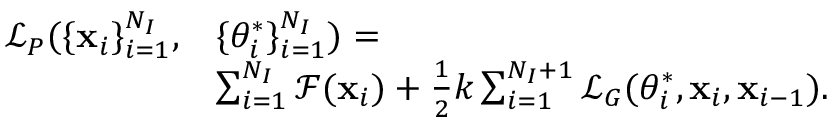
\begin{array} { r l } { \mathcal L _ { P } ( \{ \mathbf x _ { i } \} _ { i = 1 } ^ { N _ { I } } , } & { \{ \theta _ { i } ^ { * } \} _ { i = 1 } ^ { N _ { I } } ) = } \\ & { \sum _ { i = 1 } ^ { N _ { I } } \mathcal { F } ( \mathbf { x } _ { i } ) + \frac { 1 } { 2 } k \sum _ { i = 1 } ^ { N _ { I } + 1 } \mathcal L _ { G } ( \theta _ { i } ^ { * } , \mathbf x _ { i } , \mathbf x _ { i - 1 } ) . } \end{array}